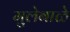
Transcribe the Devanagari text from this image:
मुलेबाळे